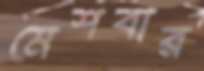
মেশবার